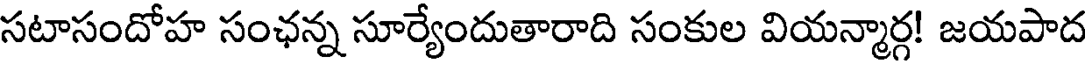
సటాసందోహ సంఛన్న సూర్యేందుతారాది సంకుల వియన్మార్గ! జయపాద